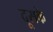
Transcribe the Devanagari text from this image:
दूसके